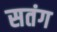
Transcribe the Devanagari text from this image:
सतंग